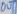
Text: OUT